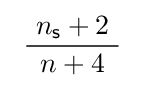
\ {\frac {\ n_{\mathsf {s}}+2\ }{n+4}}\